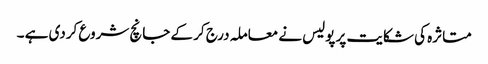
متاثرہ کی شکایت پر پولیس نے معاملہ درج کر کے جانچ شروع کردی ہے ۔